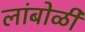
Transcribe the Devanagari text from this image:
लांबोळी